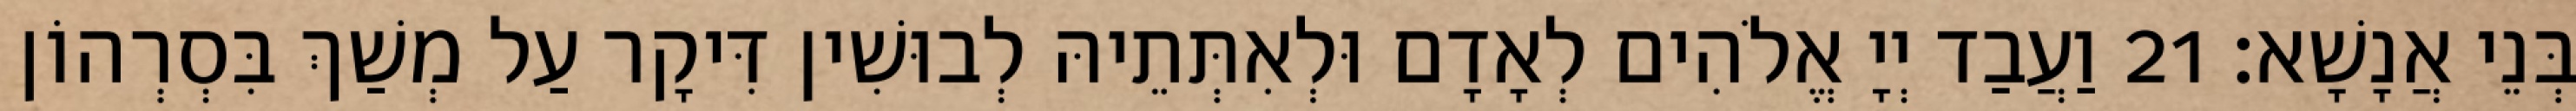
בְּנֵי אֲנָשָׁא׃ 21 וַעֲבַד יְיָ אֱלֹהִים לְאָדָם וּלְאִתְּתֵיהּ לְבוּשִׁין דִּיקָר עַל מְשַׁךְ בִּסְרְהוֹן